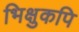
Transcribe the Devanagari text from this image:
भिक्षुकपि